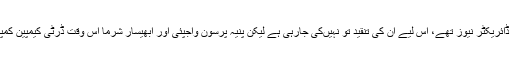
چونکہ میلند کھانڈیکر ڈائریکٹر نیوز تھے، اس لیے ان کی تنقید تو نہیںکی جارہی ہے لیکن پنیہ پرسون واجپئی اور ابھیسار شرما اس وقت ڈرٹی کیمپین کمپنی کے نشانے پر ہیں۔